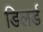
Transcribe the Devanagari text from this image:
डिलर्ड